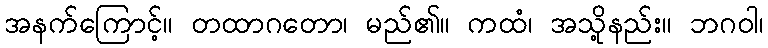
အနက်ကြောင့်။ တထာဂတော၊ မည်၏။ ကထံ၊ အသို့နည်း။ ဘဂဝါ၊